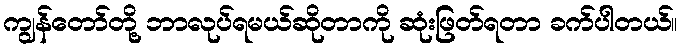
ကျွန်တော်တို့ ဘာလုပ်ရမယ်ဆိုတာကို ဆုံးဖြတ်ရတာ ခက်ပါတယ်။